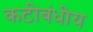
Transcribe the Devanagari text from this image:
कटीबंधीय